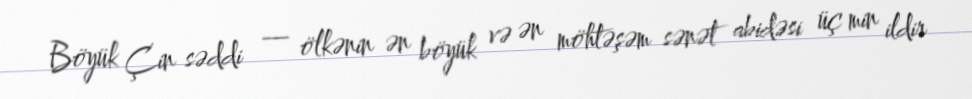
Böyük Çin səddi — ölkənin ən böyük və ən möhtəşəm sənət abidəsi üç min ildir